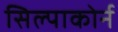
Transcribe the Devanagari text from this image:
सिल्पाकोर्न